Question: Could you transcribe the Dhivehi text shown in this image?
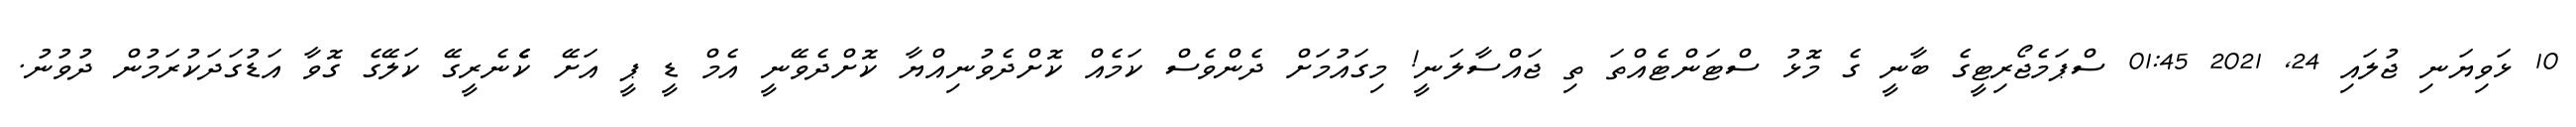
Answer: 10 ޅަވިޔަނި ޖުލައި 24, 2021 01:45 ސްޕަމެޖޯރިޓީގެ ބާނީ ގެ މޮޅު ސްޓަންޓެއްތަ ތި ޖައްސާލަނީ! މިގައުމަށް ދެންވެސް ކަމެއް ކޮށްދެވުނިއްޔާ ކޮށްދެވޭނީ އެމް ޑީ ޕީ އަށޭ ކެެެނެރީގޭ ކަލޭގެ ގޮވާ އަޑުގަދަކުރަމުން ދުވުނު.